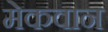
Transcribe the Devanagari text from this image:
मेकवान